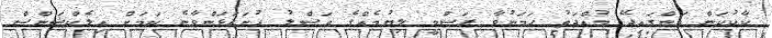
ކާކުކަން އަންގައިދޭ މުއްދަތު ހަމަނުވާ ރަސްމީ ލިޔުމެއްގެ އަސްލު ހުށަހަޅަންވާނެ ކަމަށް އިލެކްޝަންސް